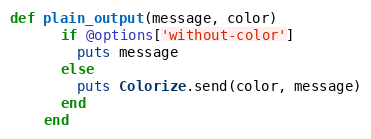
Language: Ruby
def plain_output(message, color)
      if @options['without-color']
        puts message
      else
        puts Colorize.send(color, message)
      end
    end